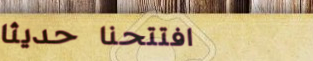
افتتحنا حديثاً